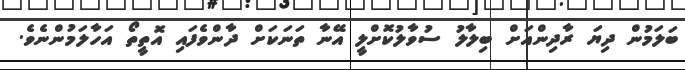
ބަލަމުން ދިޔަ ރާދިންއަށް ބިލާލު ސުވާލުކޮށްލީ އޭނާ ތަނަކަށް ދާންވެފައި އޮތީތޯ އަހާލަމުންނެވެ.